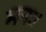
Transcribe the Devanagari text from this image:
मनः।